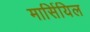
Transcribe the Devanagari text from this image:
मार्सियिल